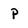
Character: P